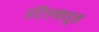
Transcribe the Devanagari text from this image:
हॉटेलकडून